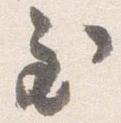
至